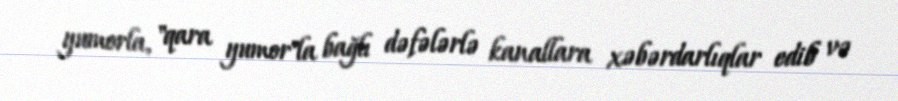
yumorla, "qara yumor"la bağlı dəfələrlə kanallara xəbərdarlıqlar edib və